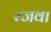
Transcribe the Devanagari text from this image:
रजवा